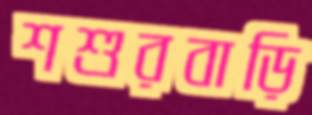
শশুরবাড়ি